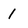
Character: 1